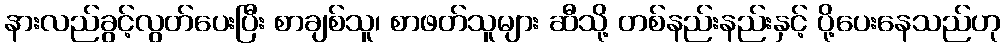
နားလည်ခွင့်လွတ်ပေးပြီး စာချစ်သူ၊ စာဖတ်သူများ ဆီသို့ တစ်နည်းနည်းနှင့် ပို့ပေးနေသည်ဟု